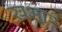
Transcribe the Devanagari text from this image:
खभार